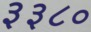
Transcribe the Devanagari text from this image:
३३८०